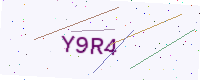
Text: Y9R4